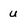
Character: u